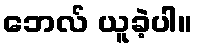
ဘေလ် ယူခဲ့ပါ။